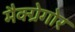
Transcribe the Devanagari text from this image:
मैक्ग्रेगोर